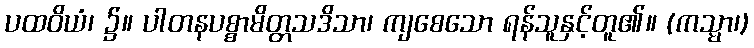
ပထဝိယံ၊ ၌။ ပါတနပစ္စာမိတ္တသဒိသာ၊ ကျစေသော ရန်သူနှင့်တူ၏။ (ကသ္မာ၊)